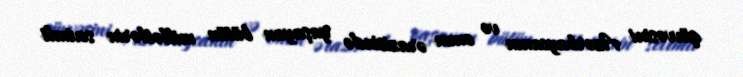
qüvvəsini Azərbaycanın və onun ərazisində yaşayan bütün millətlərin sevimli